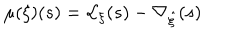
\mu ( \xi ) ( s ) = \mathcal { L } _ { \xi } ( s ) - \nabla _ { \hat { \xi } } ( s )